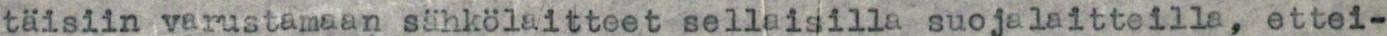
täisiin varustamaan sähkölaitteet sellaisilla suojalaitteilla, ettei-